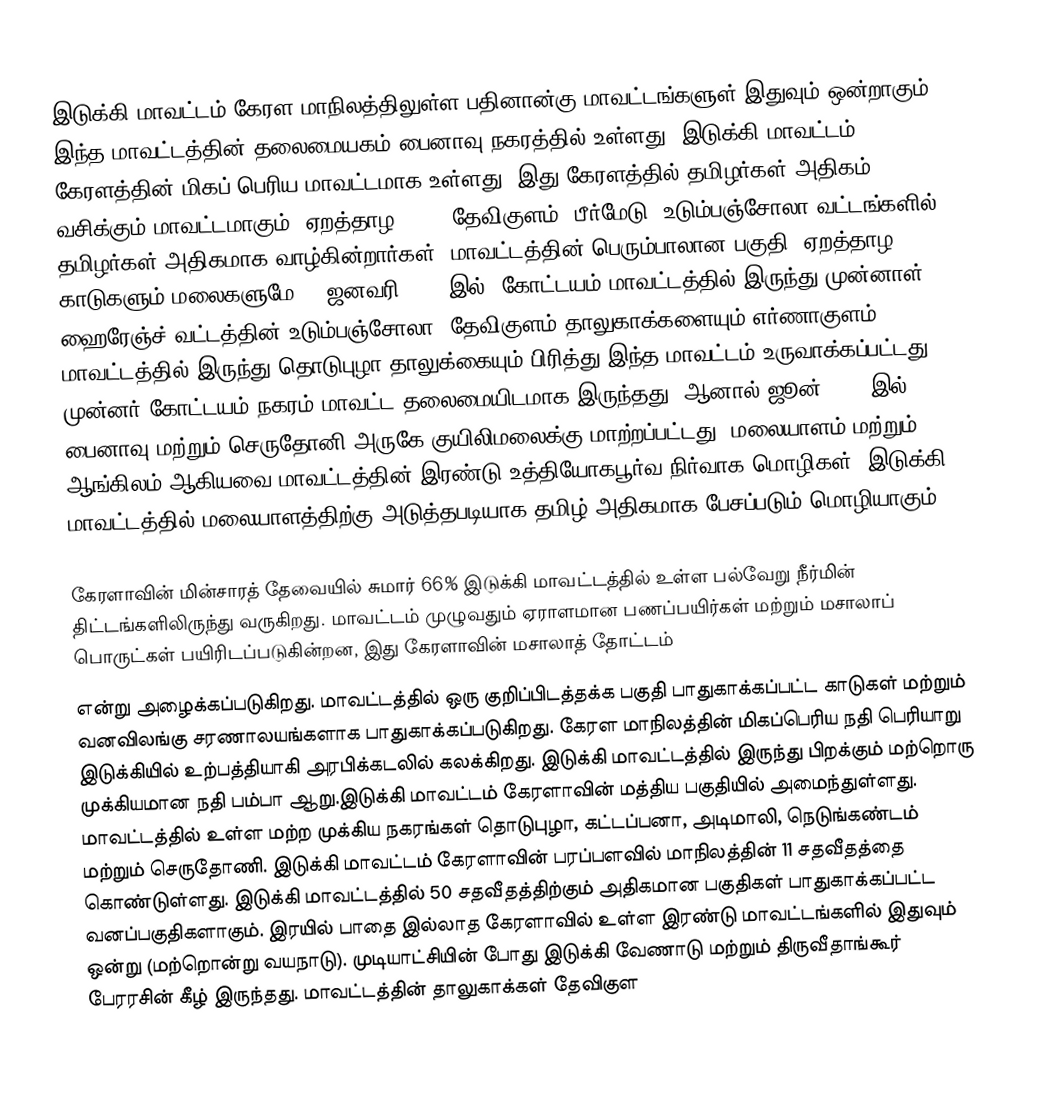
இடுக்கி மாவட்டம் கேரள மாநிலத்திலுள்ள பதினான்கு மாவட்டங்களுள் இதுவும் ஒன்றாகும். இந்த மாவட்டத்தின் தலைமையகம் பைனாவு நகரத்தில் உள்ளது. இடுக்கி மாவட்டம் கேரளத்தின் மிகப் பெரிய மாவட்டமாக உள்ளது. இது கேரளத்தில் தமிழர்கள் அதிகம் வசிக்கும் மாவட்டமாகும் (ஏறத்தாழ 20%). தேவிகுளம், பீர்மேடு, உடும்பஞ்சோலா வட்டங்களில் தமிழர்கள் அதிகமாக வாழ்கின்றார்கள். மாவட்டத்தின் பெரும்பாலான பகுதி (ஏறத்தாழ 50%) காடுகளும் மலைகளுமே.26 ஜனவரி 1972 இல், கோட்டயம் மாவட்டத்தில் இருந்து முன்னாள் ஹைரேஞ்ச் வட்டத்தின் உடும்பஞ்சோலா, தேவிகுளம் தாலுகாக்களையும்  எர்ணாகுளம் மாவட்டத்தில் இருந்து தொடுபுழா தாலுக்கையும் பிரித்து இந்த மாவட்டம் உருவாக்கப்பட்டது.  முன்னர் கோட்டயம் நகரம் மாவட்ட தலைமையிடமாக இருந்தது, ஆனால் ஜூன் 1976 இல் பைனாவு மற்றும் செருதோனி அருகே குயிலிமலைக்கு மாற்றப்பட்டது. மலையாளம் மற்றும் ஆங்கிலம் ஆகியவை மாவட்டத்தின் இரண்டு உத்தியோகபூர்வ நிர்வாக மொழிகள். இடுக்கி மாவட்டத்தில் மலையாளத்திற்கு அடுத்தபடியாக தமிழ் அதிகமாக பேசப்படும் மொழியாகும்.

 கேரளாவின் மின்சாரத் தேவையில் சுமார் 66% இடுக்கி மாவட்டத்தில் உள்ள பல்வேறு நீர்மின் திட்டங்களிலிருந்து வருகிறது.  மாவட்டம் முழுவதும் ஏராளமான பணப்பயிர்கள் மற்றும் மசாலாப் பொருட்கள் பயிரிடப்படுகின்றன, இது கேரளாவின் மசாலாத் தோட்டம்
 என்று அழைக்கப்படுகிறது.  மாவட்டத்தில் ஒரு குறிப்பிடத்தக்க பகுதி பாதுகாக்கப்பட்ட காடுகள் மற்றும் வனவிலங்கு சரணாலயங்களாக பாதுகாக்கப்படுகிறது. கேரள மாநிலத்தின் மிகப்பெரிய நதி பெரியாறு இடுக்கியில் உற்பத்தியாகி அரபிக்கடலில் கலக்கிறது. இடுக்கி மாவட்டத்தில் இருந்து பிறக்கும் மற்றொரு முக்கியமான நதி பம்பா ஆறு.இடுக்கி மாவட்டம் கேரளாவின் மத்திய பகுதியில் அமைந்துள்ளது.      மாவட்டத்தில் உள்ள மற்ற முக்கிய நகரங்கள் தொடுபுழா, கட்டப்பனா, அடிமாலி, நெடுங்கண்டம் மற்றும் செருதோணி.    இடுக்கி மாவட்டம் கேரளாவின்  பரப்பளவில்  மாநிலத்தின் 11 சதவீதத்தை கொண்டுள்ளது. இடுக்கி மாவட்டத்தில் 50 சதவீதத்திற்கும் அதிகமான பகுதிகள் பாதுகாக்கப்பட்ட வனப்பகுதிகளாகும்.  இரயில் பாதை இல்லாத கேரளாவில் உள்ள இரண்டு மாவட்டங்களில் இதுவும் ஒன்று (மற்றொன்று வயநாடு).  முடியாட்சியின் போது இடுக்கி வேணாடு மற்றும் திருவீதாங்கூர் பேரரசின் கீழ் இருந்தது.    மாவட்டத்தின் தாலுகாக்கள் தேவிகுள